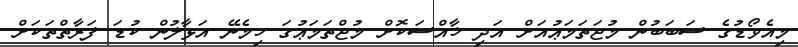
މިއެވޯޑުގެ ސަބަބުން މުޖަތަމަޢުއަށް އަދި ޚާއްސަކޮށް މުޖްތަމަޢުގަ ހިމެނޭ އަޅާލުން ކުޑަ ފަރާތްތަކަށް